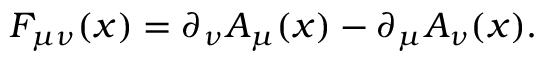
F _ { \mu \nu } ( x ) = \partial _ { \nu } A _ { \mu } ( x ) - \partial _ { \mu } A _ { \nu } ( x ) .